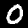
Label: 0